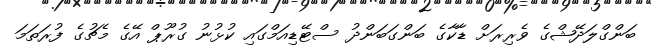
ބަންގްލަދޭޝްގެ ވެރިރަށް ޑާކާގެ ބަންގަބަންދު ސްޓޭޑިއަމްގައި ކުޅުނު ގުރޫޕް އޭގެ މެޗުގެ ފުރަތަމަ